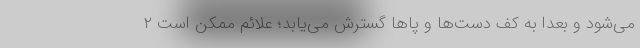
می‌شود و بعداً به کف دست‌ها و پاها گسترش می‌یابد؛ علائم ممکن است ۲